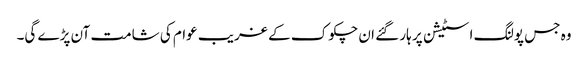
وہ جس پولنگ اسٹیشن پر ہار گئے ان چکوک کے غریب عوام کی شامت آن پڑے گی۔